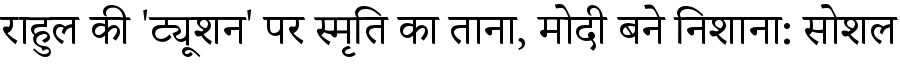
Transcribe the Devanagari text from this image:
राहुल की 'ट्यूशन' पर स्मृति का ताना, मोदी बने निशाना: सोशल